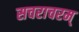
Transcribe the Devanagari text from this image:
सचराचरम्